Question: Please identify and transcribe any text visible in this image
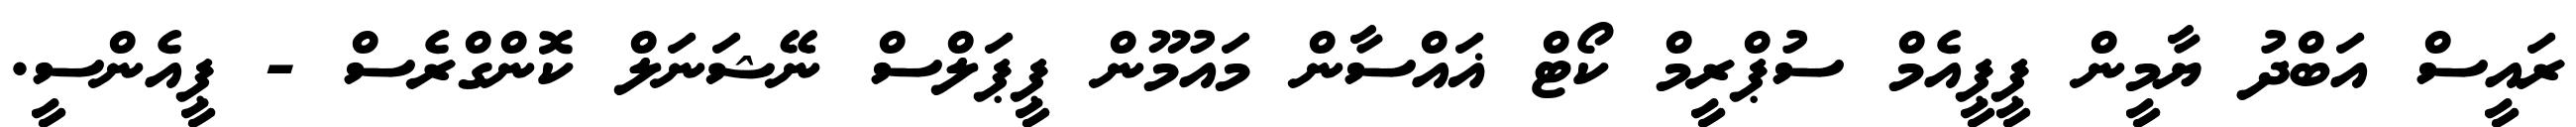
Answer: ރައީސް އަބްދު ޔާމީން ޕީޕީއެމް ސުޕްރީމް ކޯޓް ޣައްސާން މައުމޫން ޕީޕަލްސް ނޭޝަނަލް ކޮންގްރެސް - ޕީއެންސީ.